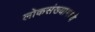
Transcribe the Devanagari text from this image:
लोकसंख्यामध्ये